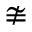
\ncong